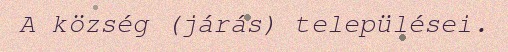
A község (járás) települései.